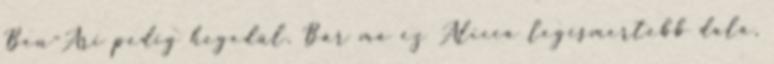
Ben-Ari pedig hegedül. Bár ma ez Alicia legismertebb dala,